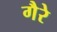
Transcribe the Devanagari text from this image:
गैरे